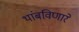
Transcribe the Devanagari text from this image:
थांबविणारे